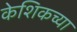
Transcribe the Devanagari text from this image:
केशिकच्या